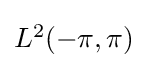
{\textstyle L^{2}(-\pi ,\pi )}